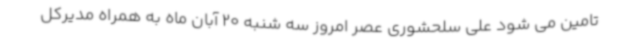
تامین می شود علی سلحشوری عصر امروز سه شنبه 20 آبان ماه به همراه مدیرکل